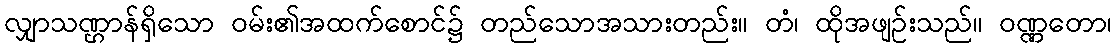
လျှာသဏ္ဌာန်ရှိသော ဝမ်း၏အထက်စောင်၌ တည်သောအသားတည်း။ တံ၊ ထိုအဖျဉ်းသည်။ ဝဏ္ဏတော၊